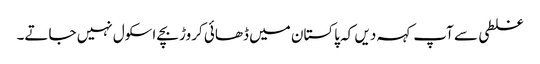
غلطی سے آپ کہہ دیں کہ پاکستان میں ڈھائی کروڑ بچے اسکول نہیں جاتے۔